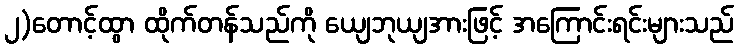
၂)တောင့်ထွာ ထိုက်တန်သည်ကို ယျေဘုယျအားဖြင့် အကြောင်းရင်းများသည်